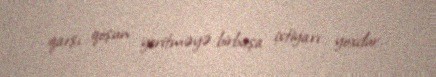
qarşı qoşun yeritməyə birbaşa ixtiyarı yoxdur.